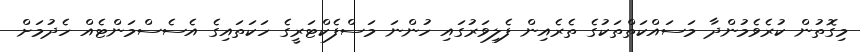
މިގޮތުން ކުރެވެމުންދާ މަސައްކަތްތަކުގެ ތެރެއިން ފެލިވަރުގައި ހުންނަ މަސްފެކްޓަރީގެ ހަކަތައިގެ އެސެސްމަންޓެއް ހެދުމަށް